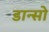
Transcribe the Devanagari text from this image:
डान्सो